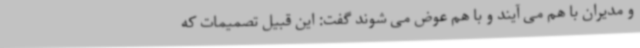
و مدیران با هم می آیند و با هم عوض می شوند گفت: این قبیل تصمیمات که